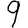
Digit: 9